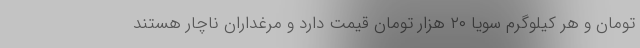
تومان و هر کیلوگرم سویا ۲۰ هزار تومان قیمت دارد و مرغداران ناچار هستند